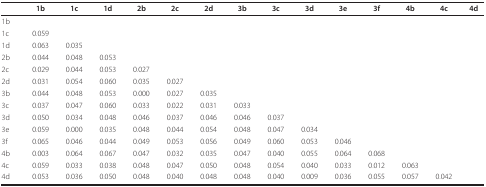
<table><thead><tr><td></td><td><b>1b</b></td><td><b>1c</b></td><td><b>1d</b></td><td><b>2b</b></td><td><b>2c</b></td><td><b>2d</b></td><td><b>3b</b></td><td><b>3c</b></td><td><b>3d</b></td><td><b>3e</b></td><td><b>3f</b></td><td><b>4b</b></td><td><b>4c</b></td><td><b>4d</b></td></tr></thead><tbody><tr><td>1b</td><td></td><td></td><td></td><td></td><td></td><td></td><td></td><td></td><td></td><td></td><td></td><td></td><td></td><td></td></tr><tr><td>1c</td><td>0.059</td><td></td><td></td><td></td><td></td><td></td><td></td><td></td><td></td><td></td><td></td><td></td><td></td><td></td></tr><tr><td>1d</td><td>0.063</td><td>0.035</td><td></td><td></td><td></td><td></td><td></td><td></td><td></td><td></td><td></td><td></td><td></td><td></td></tr><tr><td>2b</td><td>0.044</td><td>0.048</td><td>0.053</td><td></td><td></td><td></td><td></td><td></td><td></td><td></td><td></td><td></td><td></td><td></td></tr><tr><td>2c</td><td>0.029</td><td>0.044</td><td>0.053</td><td>0.027</td><td></td><td></td><td></td><td></td><td></td><td></td><td></td><td></td><td></td><td></td></tr><tr><td>2d</td><td>0.031</td><td>0.054</td><td>0.060</td><td>0.035</td><td>0.027</td><td></td><td></td><td></td><td></td><td></td><td></td><td></td><td></td><td></td></tr><tr><td>3b</td><td>0.044</td><td>0.048</td><td>0.053</td><td>0.000</td><td>0.027</td><td>0.035</td><td></td><td></td><td></td><td></td><td></td><td></td><td></td><td></td></tr><tr><td>3c</td><td>0.037</td><td>0.047</td><td>0.060</td><td>0.033</td><td>0.022</td><td>0.031</td><td>0.033</td><td></td><td></td><td></td><td></td><td></td><td></td><td></td></tr><tr><td>3d</td><td>0.050</td><td>0.034</td><td>0.048</td><td>0.046</td><td>0.037</td><td>0.046</td><td>0.046</td><td>0.037</td><td></td><td></td><td></td><td></td><td></td><td></td></tr><tr><td>3e</td><td>0.059</td><td>0.000</td><td>0.035</td><td>0.048</td><td>0.044</td><td>0.054</td><td>0.048</td><td>0.047</td><td>0.034</td><td></td><td></td><td></td><td></td><td></td></tr><tr><td>3f</td><td>0.065</td><td>0.046</td><td>0.044</td><td>0.049</td><td>0.053</td><td>0.056</td><td>0.049</td><td>0.060</td><td>0.053</td><td>0.046</td><td></td><td></td><td></td><td></td></tr><tr><td>4b</td><td>0.003</td><td>0.064</td><td>0.067</td><td>0.047</td><td>0.032</td><td>0.035</td><td>0.047</td><td>0.040</td><td>0.055</td><td>0.064</td><td>0.068</td><td></td><td></td><td></td></tr><tr><td>4c</td><td>0.059</td><td>0.033</td><td>0.038</td><td>0.048</td><td>0.047</td><td>0.050</td><td>0.048</td><td>0.054</td><td>0.040</td><td>0.033</td><td>0.012</td><td>0.063</td><td></td><td></td></tr><tr><td>4d</td><td>0.053</td><td>0.036</td><td>0.050</td><td>0.048</td><td>0.040</td><td>0.048</td><td>0.048</td><td>0.040</td><td>0.009</td><td>0.036</td><td>0.055</td><td>0.057</td><td>0.042</td><td></td></tr></tbody></table>